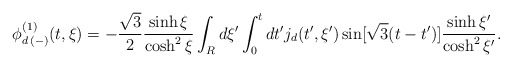
\begin{align*}\phi^{(1)}_{d \, (-)} (t, \xi) = - \frac{\sqrt{3}}{2} \frac{\sinh \xi}{ \cosh^{2} \xi} \int_{R} d \xi' \int_{0}^{t} dt' j_{d} (t',\xi' ) \sin [ \sqrt{3} (t-t') ]\frac{\sinh \xi' }{\cosh^{2} \xi' }. \end{align*}